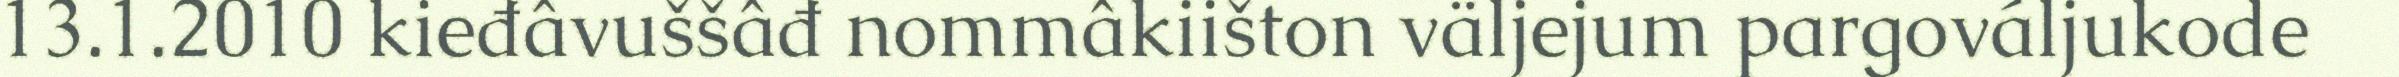
13.1.2010 kieđâvuššâđ nommâkiišton väljejum pargováljukode